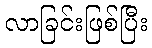
လာခြင်းဖြစ်ပြီး